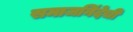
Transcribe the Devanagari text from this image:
समाजनिंदेची